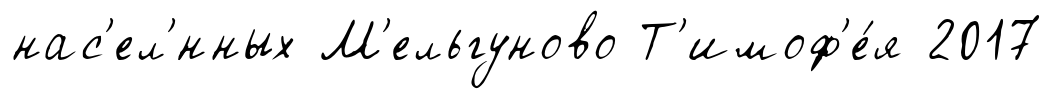
нас'ел'́нных М'ельгуново Т'имоф'е́я 2017